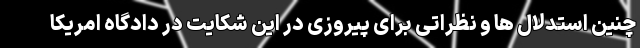
چنین استدلال ها و نظراتی برای پیروزی در این شکایت در دادگاه امریکا